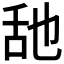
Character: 𦧇